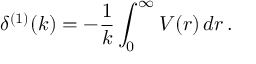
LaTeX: \delta ^ { ( 1 ) } ( k ) = - \frac { 1 } { k } \int _ { 0 } ^ { \infty } V ( r ) \, d r \, .